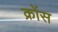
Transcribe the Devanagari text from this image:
क्रोंस